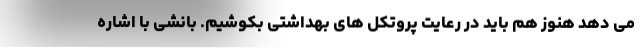
می دهد هنوز هم باید در رعایت پروتکل های بهداشتی بکوشیم. بانشی با اشاره